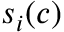
s _ { i } ( c )